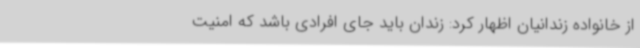
از خانواده زندانیان اظهار کرد: زندان باید جای افرادی باشد که امنیت